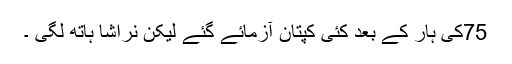
75کی ہار کے بعد کئی کپتان آزمائے گئے لیکن نراشا ہاتھ لگی ۔